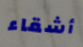
أشقاء